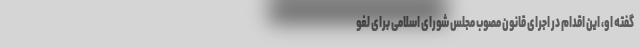
گفته او، این اقدام در اجرای قانون مصوب مجلس شورای اسلامی برای لغو